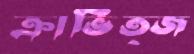
ক্রাভিত্জ